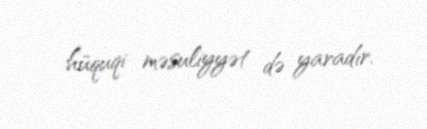
hüquqi məsuliyyət də yaradır.